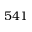
5 4 1